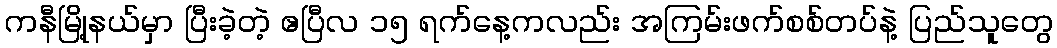
ကနီမြို့နယ်မှာ ပြီးခဲ့တဲ့ ဧပြီလ ၁၅ ရက်နေ့ကလည်း အကြမ်းဖက်စစ်တပ်နဲ့ ပြည်သူတွေ